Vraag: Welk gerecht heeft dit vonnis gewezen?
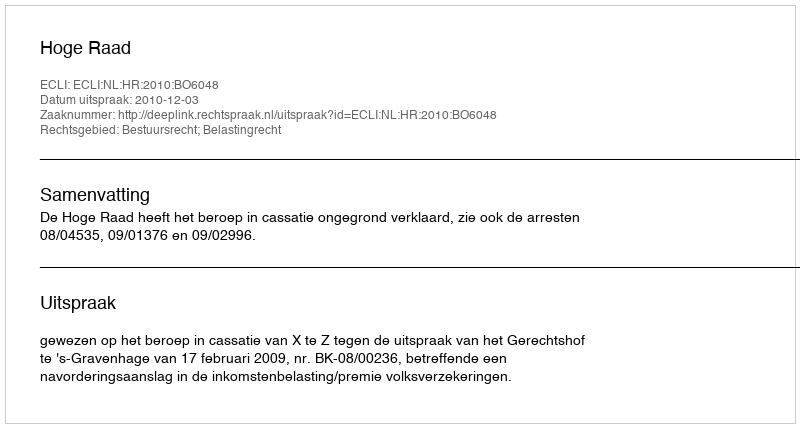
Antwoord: Hoge Raad